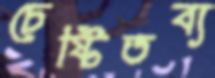
চেষ্টিতব্য